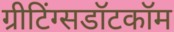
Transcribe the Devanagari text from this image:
ग्रीटिंग्सडॉटकॉम